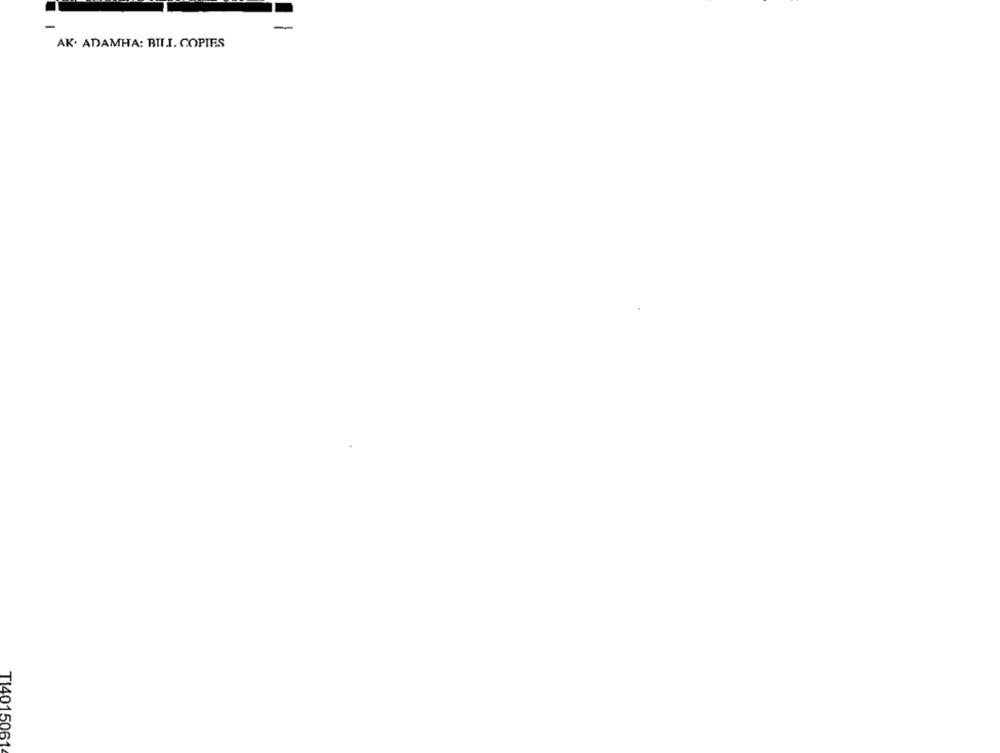
-
AK. ADAMHA: BILI. COPIES
TI4015061